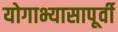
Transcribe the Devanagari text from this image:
योगाभ्यासापूर्वी